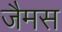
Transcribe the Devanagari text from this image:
जैमस